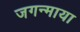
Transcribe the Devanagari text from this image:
जगन्माया